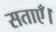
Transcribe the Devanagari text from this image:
सताएँ।